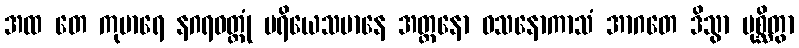
အထ တေ ကုမာရေ နဂရဝတ္ထုံ ပရိယေသမာနေ အတ္တနော ဝသနောကာသံ အာဂတေ ဒိသွာ ပုစ္ဆိတွာ